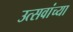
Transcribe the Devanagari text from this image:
उत्सवांच्या